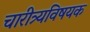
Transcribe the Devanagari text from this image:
चारीत्र्यविषयक